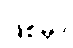
ဖြစ်မှာ